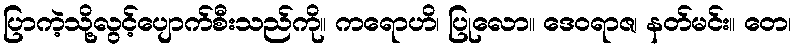
ပြာကဲ့သို့လွင့်ပျောက်စီးသည်ကို။ ကရောဟိ၊ ပြုလော။ ဒေဝရာဇ၊ နတ်မင်း။ တေ၊